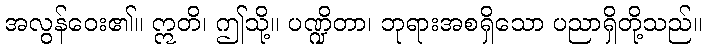
အလွန်ဝေး၏။ ဣတိ၊ ဤသို့။ ပဏ္ဍိတာ၊ ဘုရားအစရှိသော ပညာရှိတို့သည်။